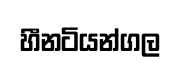
හීනටියන්ගල